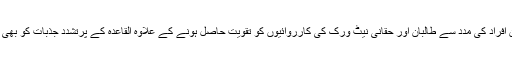
کوہن کے مطابق ان افراد کی مدد سے طالبان اور حقانی نیٹ ورک کی کارروائیوں کو تقویت حاصل ہونے کے علاوہ القاعدہ کے پرتشدد جذبات کو بھی نئی طاقت ملی ہے۔